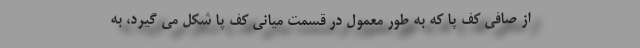
از صافی کف پا که به طور معمول در قسمت میانی کف پا شکل می گیرد، به